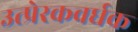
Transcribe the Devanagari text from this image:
उत्प्रेरकवर्धक